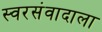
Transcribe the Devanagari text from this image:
स्वरसंवादाला